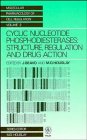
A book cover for Cyclic Nucleotide Phosphodiesterases: Structure, Regulation and Drug Action (Wiley Series in Molecular Pharmacology of Cell Regulation); Medical Books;